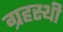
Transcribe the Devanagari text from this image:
ग्रहस्थी